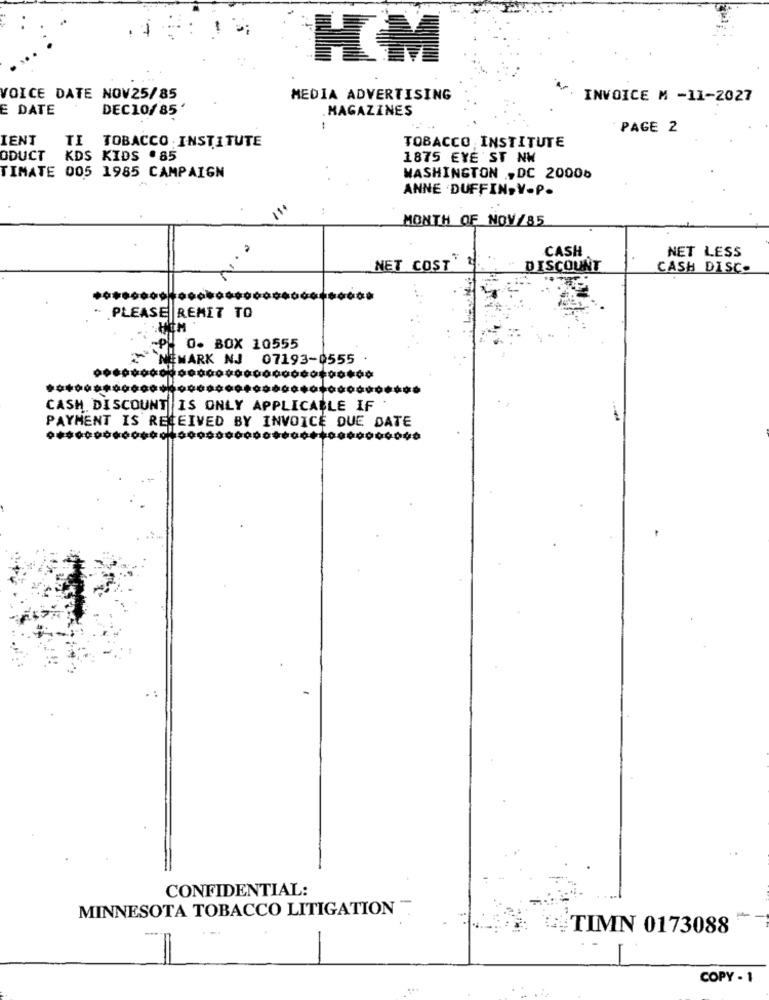
KM
VOICE DATE NOV25/85
MEDIA ADVERTISING
INVOICE M -11-2027
E DATE
DEC10/85
.MAGAZINES
-
PAGE 2
IENT
TI TOBACCO INSTITUTE
TOBACCO INSTITUTE
ODUCT
KDS KIDS .85
1875 EYE ST NW
TIMATE 005 1985 CAMPAIGN
WASHINGTON , DC 20006
ANNE DUFFIN,V.P.
MONTH OF NOV/85
CASH
NET LESS
NET COST' 2. "
DISCOUNT
CASH DISC.
. PLEASE REMIT TO
PO. BOX 10555
NEWARK NJ 07193-0555 .
000000000000000000000000000 ***
CASH DISCOUNT IS ONLY APPLICABLE IF
PAYMENT IS RECEIVED BY INVOICE DUE DATE
CONFIDENTIAL:
MINNESOTA TOBACCO LITIGATION
TIMN 0173088
COPY - 1